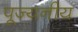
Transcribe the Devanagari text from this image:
पूज्‍यनीय